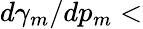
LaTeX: d\gamma_{m}/dp_{m}<